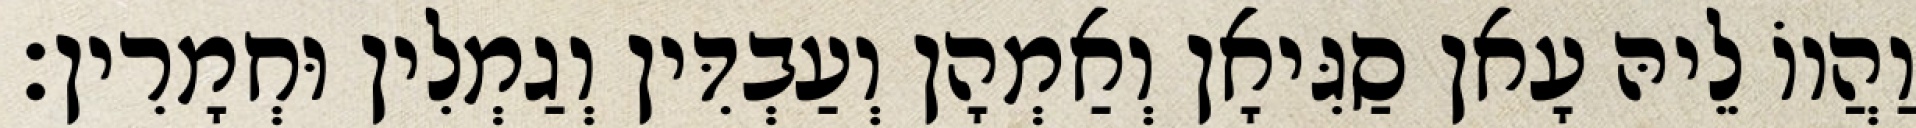
וַהֲווֹ לֵיהּ עָאן סַגִּיאָן וְאַמְהָן וְעַבְדִּין וְגַמְלִין וּחְמָרִין׃